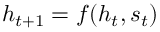
h _ { t + 1 } = f ( h _ { t } , s _ { t } )